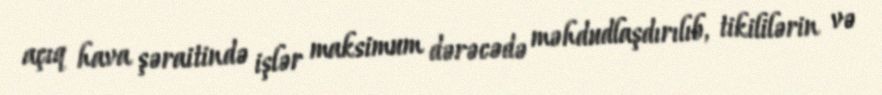
açıq hava şəraitində işlər maksimum dərəcədə məhdudlaşdırılıb, tikililərin və